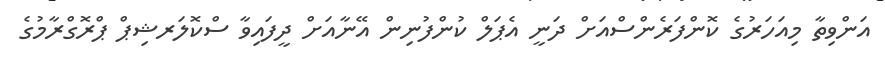
އަންވިތާ މިއަހަރުގެ ކޮންފަރެންސްއަށް ދަނީ އެޕަލް ކުންފުނިން އޭނާއަށް ދީފައިވާ ސްކޮލަރޝިޕް ޕްރޮގްރާމުގެ